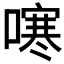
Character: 𭊻